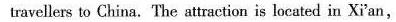
travellers to China.The attraction is located in Xi'an,